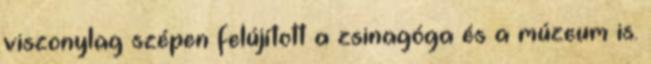
viszonylag szépen felújított a zsinagóga és a múzeum is.